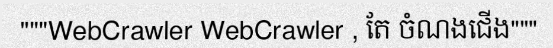
"""WebCrawler WebCrawler , តែ ចំណងជើង"""